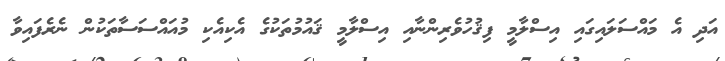
އަދި އެ މައްސަލައިގައި އިސްލާމީ ފިޤުހުވެރިންނާއި އިސްލާމީ ޤައުމުތަކުގެ އެކިއެކި މުއައްސަސާތަކުން ނެރެފައިވާ